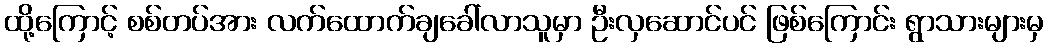
ထို့ကြောင့် စစ်တပ်အား လက်ထောက်ချခေါ်လာသူမှာ ဦးလှဆောင်ပင် ဖြစ်ကြောင်း ရွာသားများမှ